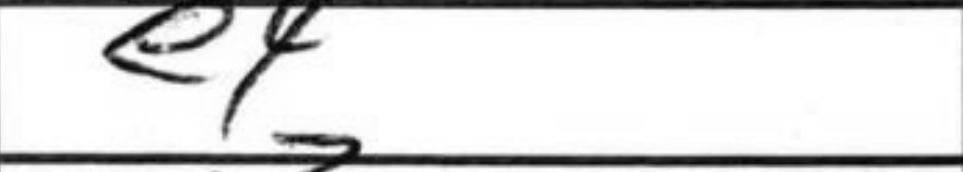
Transcription: e4